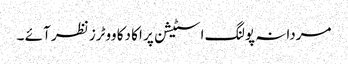
مردانہ پولنگ اسٹیشن پر اکا دکا ووٹرز نظر آئے ۔